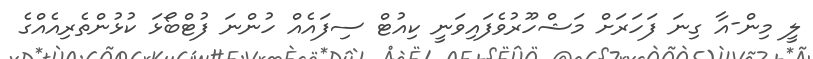
ލީ މިން-އާ ގިނަ ފަހަރަށް މަޝްހޫރުވެފައިވަނީ ކިއުޓް ސިފައެއް ހުންނަ ފުޓްބޯޅަ ކުޅުންތެރިއެއްގެ